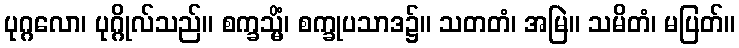
ပုဂ္ဂလော၊ ပုဂ္ဂိုလ်သည်။ စက္ခသ္မိံ၊ စက္ခုပသာဒ၌။ သတတံ၊ အမြဲ။ သမိတံ၊ မပြတ်။